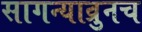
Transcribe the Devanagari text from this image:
सागन्याव्रुनच